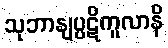
သုဘာနျပ္ပဋိကူလာနိ